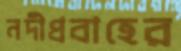
নদীপ্রবাহের